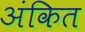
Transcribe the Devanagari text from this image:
अंकित